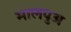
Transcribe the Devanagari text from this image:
मालपुअ